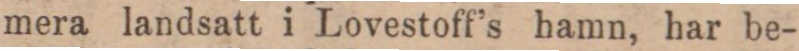
mera landsatt i Lovestoff’s hamn, har be-